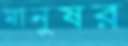
মানুষর